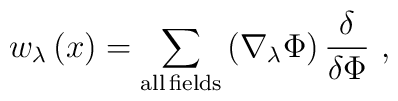
w_\lambda \left( x\right) =\sum\limits_{{\rm all\,fields}}\left( \nabla_\lambda \Phi \right) \frac \delta {\delta \Phi }\,\,,